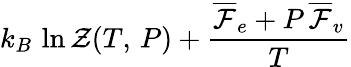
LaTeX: k_{B}\, \ln\mathcal{Z}(T,\, P)+\frac{\overline{\mathcal{F}}_{e}+P\, \overline{\mathcal{F}}_{v}}{T}